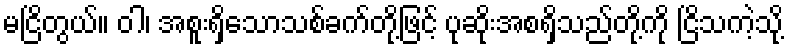
မငြိတွယ်။ ဝါ၊ အစူးရှိသောသစ်ခက်တို့ဖြင့် ပုဆိုးအစရှိသည်တို့ကို ငြိသကဲ့သို့